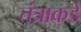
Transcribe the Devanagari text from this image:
तंत्राकडे